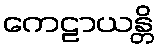
ကေဠာယန္တိ